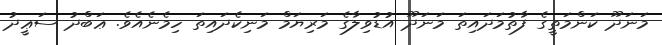
މަނަދޫ ކަންމަތީގެ ފާތުމަދައިތަ މަނަދޫ އުޑުވިލާގެ މަރިޔަމް މަނިކެދައިތަ ހިމެނެއެވެ. ޢަބްދު ސަޢީދު